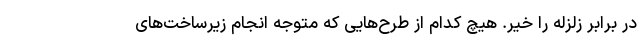
در برابر زلزله را خیر. هیچ کدام از طرح‌هایی که متوجه انجام زیرساخت‌های